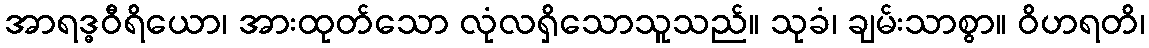
အာရဒ္ဓဝီရိယော၊ အားထုတ်သော လုံလရှိသောသူသည်။ သုခံ၊ ချမ်းသာစွာ။ ဝိဟရတိ၊